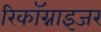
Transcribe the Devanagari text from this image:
रिकॉग्नाइजर